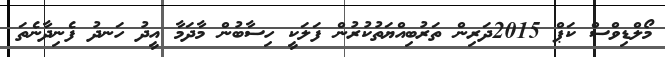
މޯލްޑިވްސް ކަޕް 2015ދަރިން ތަރުބިއްޔަތުކުރުން ފަލަކީ ހިސާބުން މާދަމާ އީދު ހަނދު ފެނިދާނެތަ